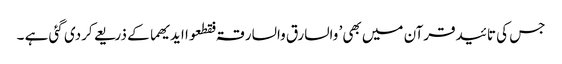
جس کی تائیدقرآن میں بھی’ والسارق والسارقۃ فقطعوا ایدیھما کے ذریعے کردی گئی ہے ۔